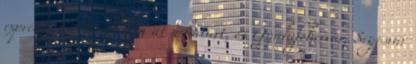
expressz Kürtösnél lépi át a határt, és Gyulafehérvár, Segesvár